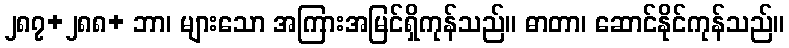
၂၈၇+၂၈၈+ ဘာ၊ များသော အကြားအမြင်ရှိကုန်သည်။ ဓာတာ၊ ဆောင်နိုင်ကုန်သည်။